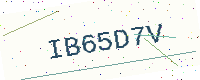
Text: IB65D7V